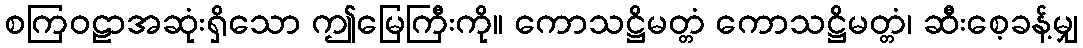
စကြဝဠာအဆုံးရှိသော ဤမြေကြီးကို။ ကောသဋ္ဌိမတ္တံ ကောသဋ္ဌိမတ္တံ၊ ဆီးစေ့ခန့်မျှ